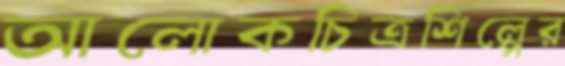
আলোকচিত্রশিল্পের